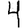
Digit: 4